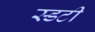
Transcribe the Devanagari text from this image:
स्डटी